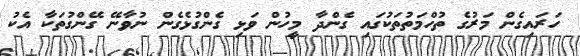
ހަރައިގެން މަރުގެ ތުހްމަތުތަކުގައި ގެންދާ މީހުން ވަޅި ގެންގުޅެގެން ނުވާނޭ ގޭންގުތަކާ އެކު